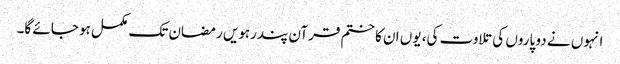
انہوں نے دو پاروں کی تلاوت کی، یوں ان کا ختم قرآن پندرہویں رمضان تک مکمل ہو جائے گا۔